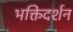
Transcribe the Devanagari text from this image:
भक्तिदर्शन